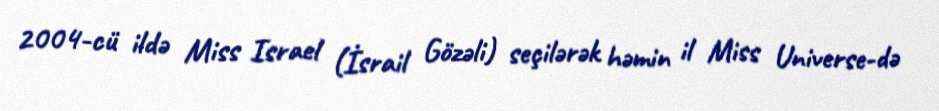
2004-cü ildə Miss Israel (İsrail Gözəli) seçilərək həmin il Miss Universe-də